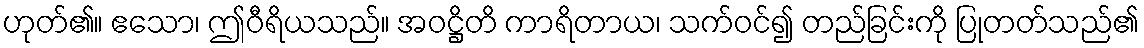
ဟုတ်၏။ ဧသော၊ ဤဝီရိယသည်။ အဝဋ္ဌိတိ ကာရိတာယ၊ သက်ဝင်၍ တည်ခြင်းကို ပြုတတ်သည်၏